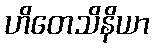
ဟိတေသိနိယာ